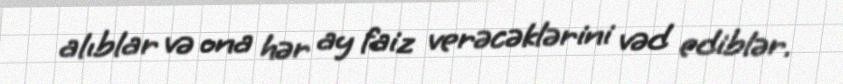
alıblar və ona hər ay faiz verəcəklərini vəd ediblər.